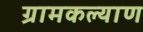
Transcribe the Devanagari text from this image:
ग्रामकल्याण